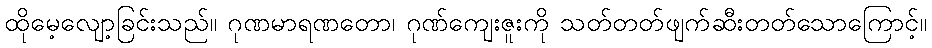
ထိုမေ့လျော့ခြင်းသည်။ ဂုဏမာရဏတော၊ ဂုဏ်ကျေးဇူးကို သတ်တတ်ဖျက်ဆီးတတ်သောကြောင့်။